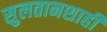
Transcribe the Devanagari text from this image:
सुलतानशाही